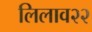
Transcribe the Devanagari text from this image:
लिलाव२२